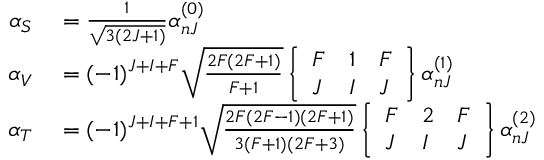
\begin{array} { r l } { \alpha _ { S } } & { { } = \frac { 1 } { \sqrt { 3 ( 2 J + 1 ) } } \alpha _ { n J } ^ { ( 0 ) } } \\ { \alpha _ { V } } & { { } = ( - 1 ) ^ { J + I + F } \sqrt { \frac { 2 F ( 2 F + 1 ) } { F + 1 } } \left\{ \begin{array} { l l l } { F } & { 1 } & { F } \\ { J } & { I } & { J } \end{array} \right\} \alpha _ { n J } ^ { ( 1 ) } } \\ { \alpha _ { T } } & { { } = ( - 1 ) ^ { J + I + F + 1 } \sqrt { \frac { 2 F ( 2 F - 1 ) ( 2 F + 1 ) } { 3 ( F + 1 ) ( 2 F + 3 ) } } \left\{ \begin{array} { l l l } { F } & { 2 } & { F } \\ { J } & { I } & { J } \end{array} \right\} \alpha _ { n J } ^ { ( 2 ) } } \end{array}